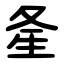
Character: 㚅